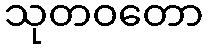
သုတဝတော